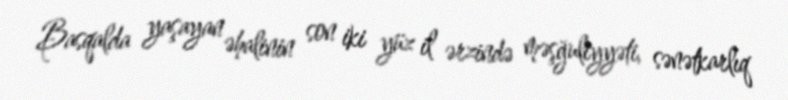
Basqalda yaşayan əhalinin son iki yüz il ərzində məşğuliyyəti, sənətkarlıq